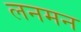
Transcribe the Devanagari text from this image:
लनमन